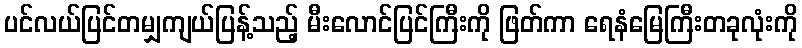
ပင်လယ်ပြင်တမျှကျယ်ပြန့်သည့် မီးလောင်ပြင်ကြီးကို ဖြတ်ကာ ရေနံမြေကြီးတခုလုံးကို